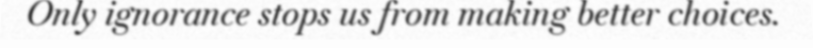
Only ignorance stops us from making better choices.